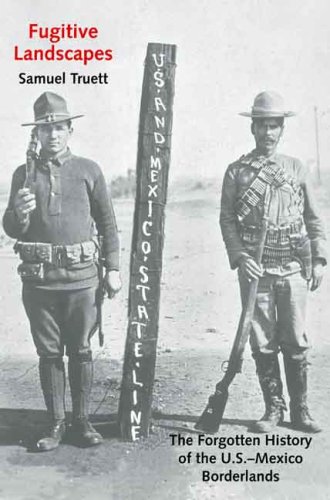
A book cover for Fugitive Landscapes: The Forgotten History of the U.S.-Mexico Borderlands (The Lamar Series in Western History); Samuel Truett; History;